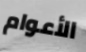
الأعوام